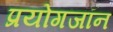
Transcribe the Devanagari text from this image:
प्रयोगजॉन